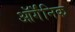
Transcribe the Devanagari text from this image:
ऑर्गॅनिक